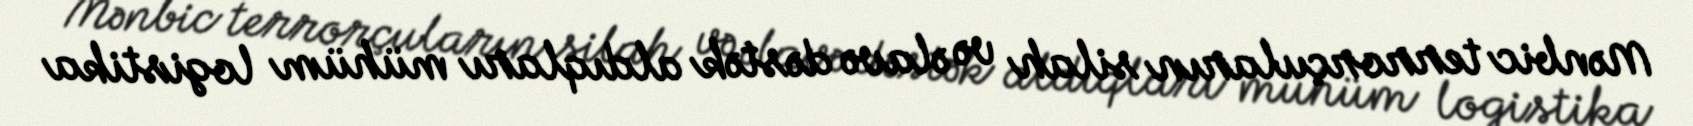
Mənbic terrorçuların silah və əlavə dəstək aldıqları mühüm logistika